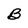
Character: B